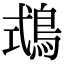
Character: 𪀦